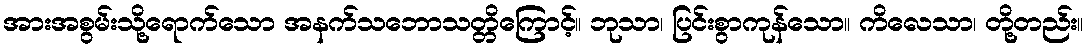
အားအစွမ်းသို့ရောက်သော အနက်သဘောသတ္တိကြောင့်။ ဘုသာ၊ ပြင်းစွာကုန်သော။ ကိလေသာ၊ တို့တည်း။